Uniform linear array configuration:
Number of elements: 12
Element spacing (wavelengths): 0.75
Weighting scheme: hamming
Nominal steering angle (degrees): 0
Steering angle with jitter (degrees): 0.3783
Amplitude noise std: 0.05
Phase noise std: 0.05

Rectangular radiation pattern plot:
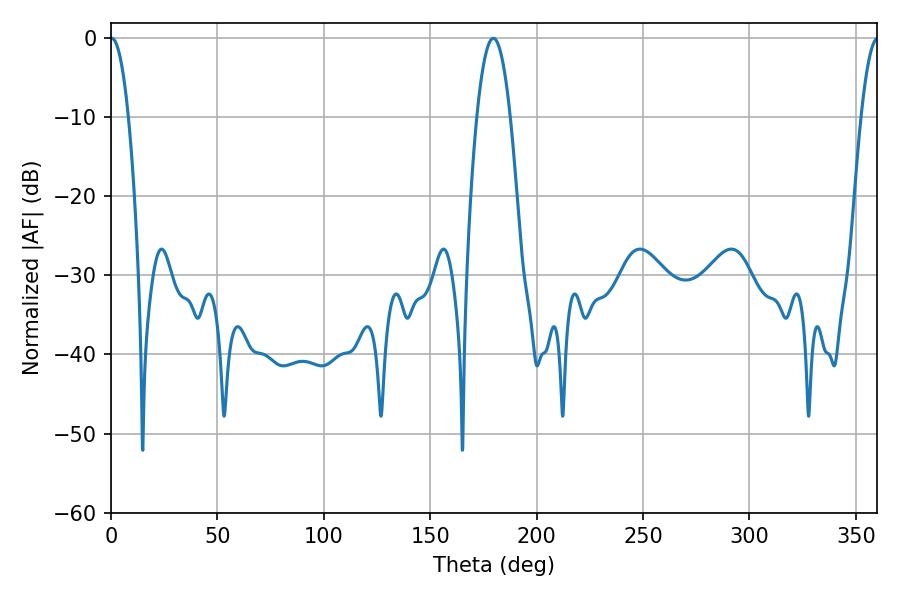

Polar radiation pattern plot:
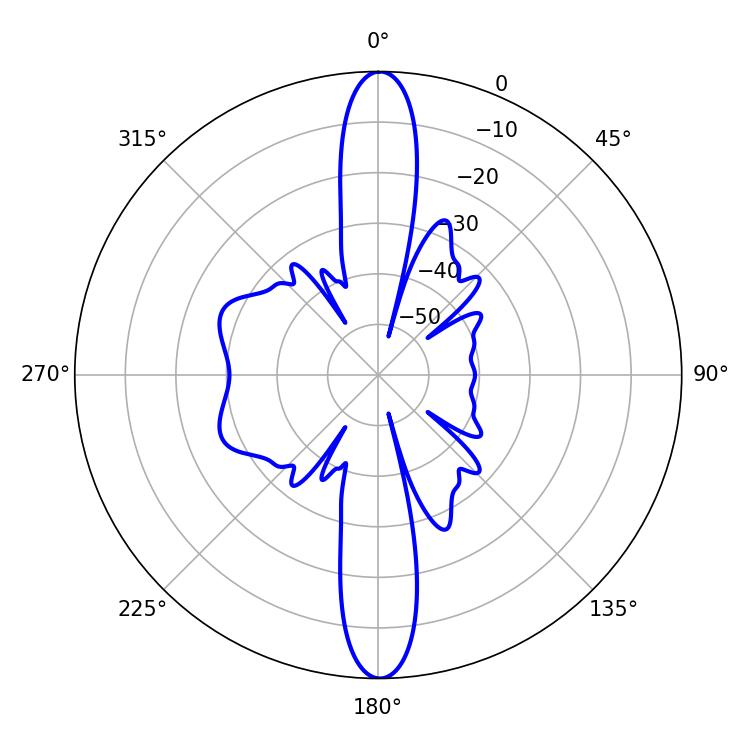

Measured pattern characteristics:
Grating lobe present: TRUE
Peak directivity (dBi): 38.184
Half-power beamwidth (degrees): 4.68
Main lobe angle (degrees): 0.36